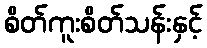
စိတ်ကူးစိတ်သန်းနှင့်